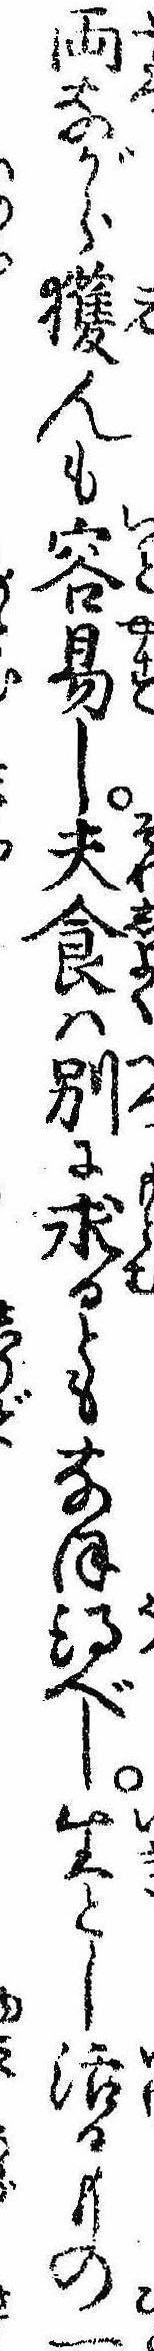
両ながら獲んも容易し夫食は別に求るともなほ得べし生とし活るもの一